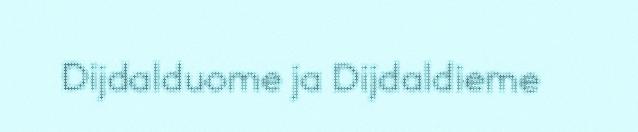
Dijdalduome ja Dijdaldieme